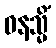
ဝနသ္မိံ